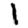
Digit: 1